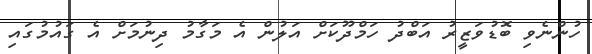
ހުންނެވި ބޮޑުވަޒީރު އަބްދު ހަމްދޫކަށް އަލުން އެ މަގާމު ދިނުމަށް އެ ގައުމުގައި